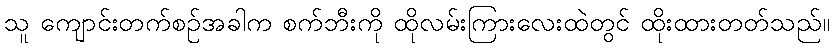
သူ ကျောင်းတက်စဉ်အခါက စက်ဘီးကို ထိုလမ်းကြားလေးထဲတွင် ထိုးထားတတ်သည်။